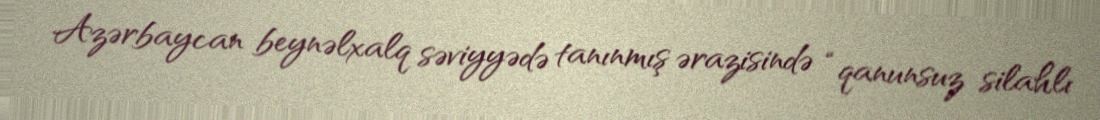
Azərbaycan beynəlxalq səviyyədə tanınmış ərazisində “qanunsuz silahlı